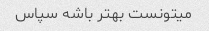
میتونست بهتر باشه سپاس